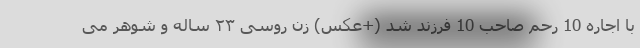
با اجاره 10 رحم صاحب 10 فرزند شد (+عکس) زن روسی ۲۳ ساله و شوهر می